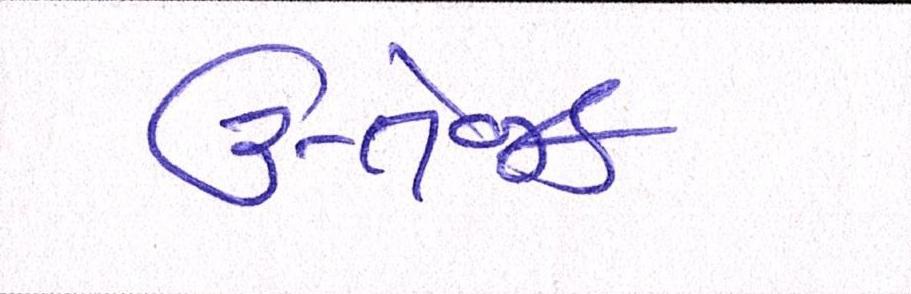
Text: ઉત્તેજક